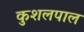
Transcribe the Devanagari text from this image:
कुशलपाल